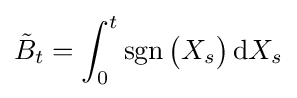
{\tilde {B}}_{t}=\int _{0}^{t}\operatorname {sgn} {\big (}X_{s}{\big )}\,\mathrm {d} X_{s}